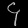
Digit: ၄